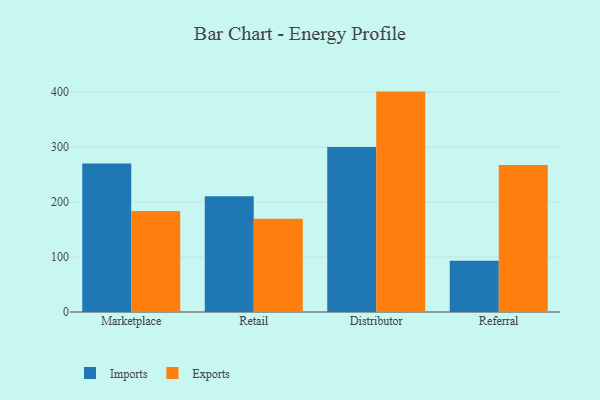
{"axis": {"x": "Channel", "y": "Inventory Turnover"}, "legend": ["Exports", "Imports"], "data": [{"x": "Marketplace", "y": 270.4, "type": "Imports"}, {"x": "Marketplace", "y": 183.8, "type": "Exports"}, {"x": "Retail", "y": 210.4, "type": "Imports"}, {"x": "Retail", "y": 169.5, "type": "Exports"}, {"x": "Distributor", "y": 300.1, "type": "Imports"}, {"x": "Distributor", "y": 401.0, "type": "Exports"}, {"x": "Referral", "y": 93.4, "type": "Imports"}, {"x": "Referral", "y": 267.4, "type": "Exports"}]}